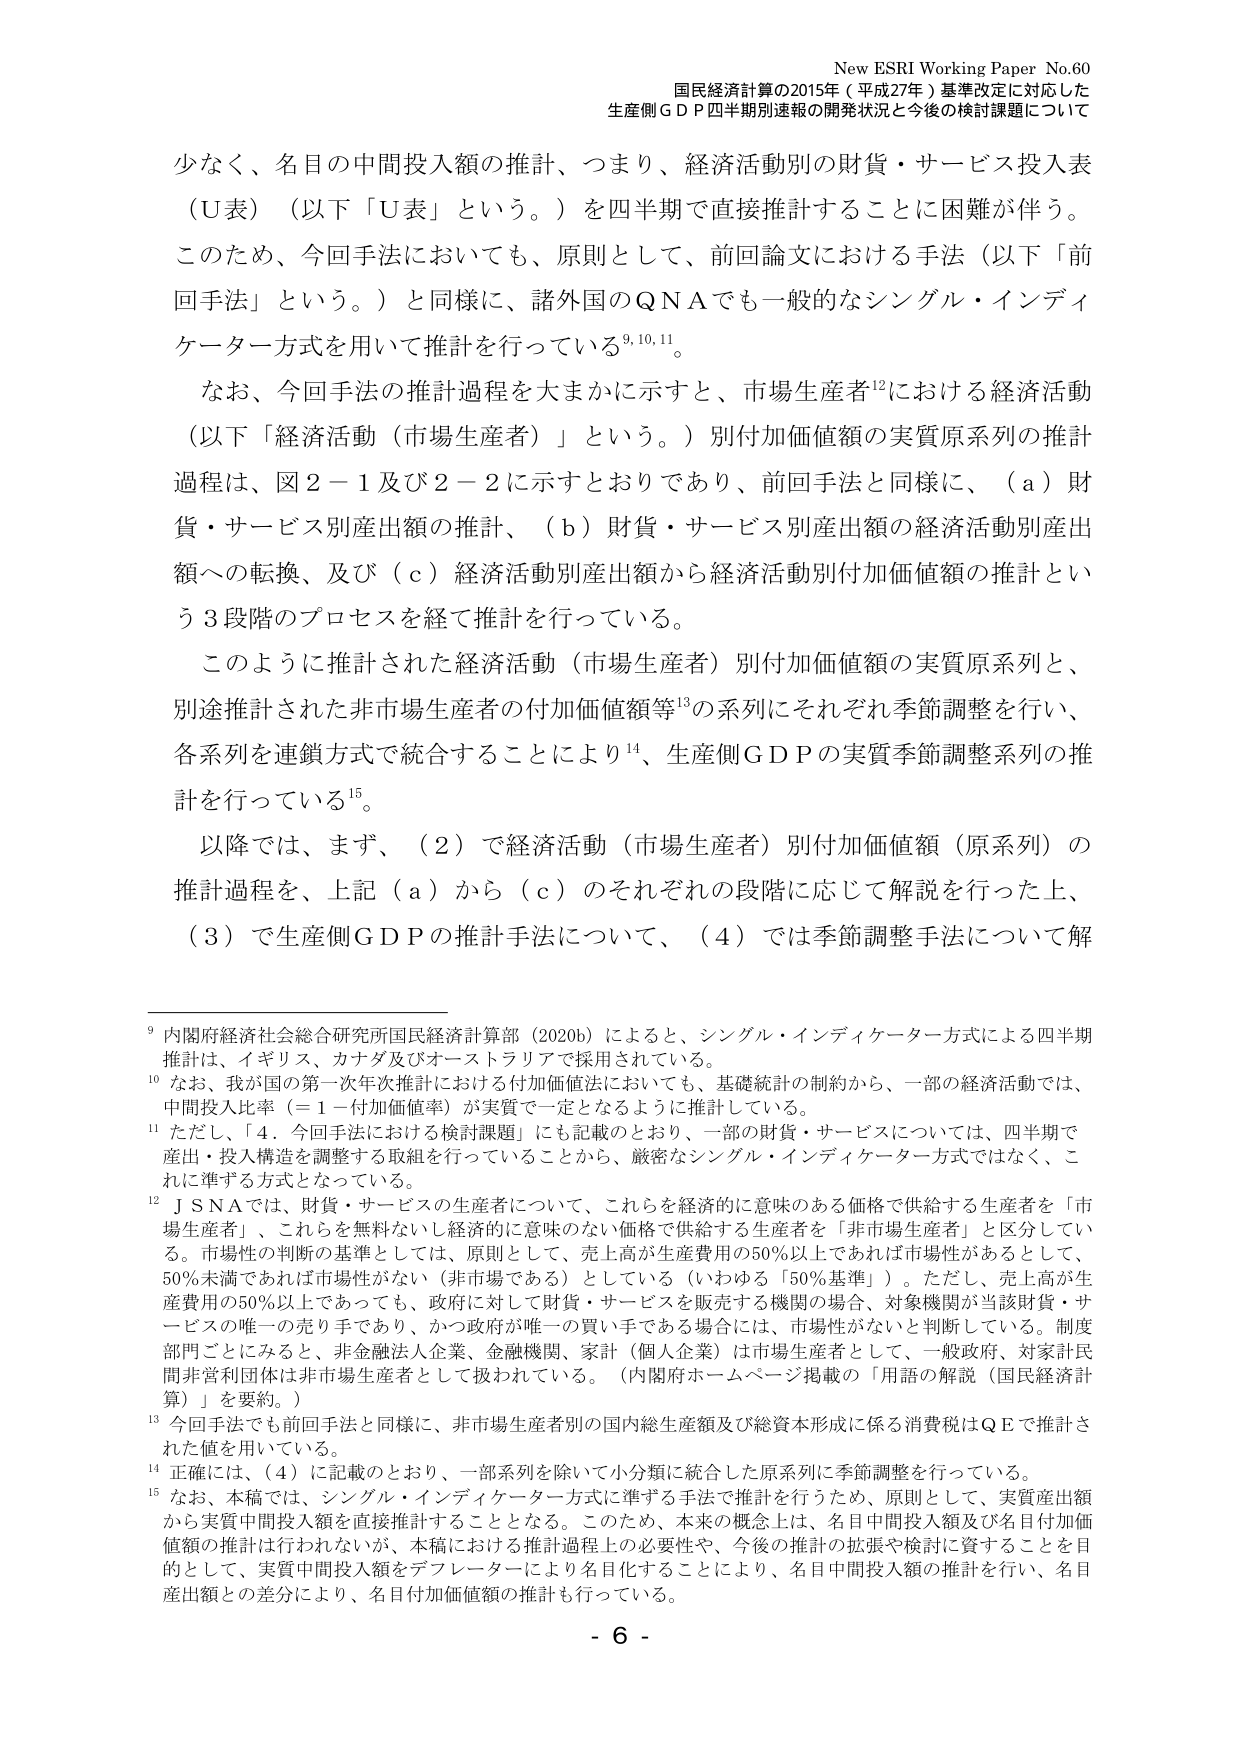
New ESRI Working Paper No.60
国民経済計算の2015年（平成27年）基準改定に対応した
生産側ＧＤＰ四半期別速報の開発状況と今後の検討課題について

少なく、名目の中間投入額の推計、つまり、経済活動別の財貨・サービス投入表
（Ｕ表）（以下「Ｕ表」という。）を四半期で直接推計することに困難が伴う。
このため、今回手法においても、原則として、前回論文における手法（以下「前
回手法」という。）と同様に、諸外国のＱＮＡでも一般的なシングル・インディ
ケーター方式を用いて推計を行っている⁹,¹⁰,¹¹。

なお、今回手法の推計過程を大まかに示すと、市場生産者¹²における経済活動
（以下「経済活動（市場生産者）」という。）別付加価値額の実質原系列の推計
過程は、図２－１及び２－２に示すとおりであり、前回手法と同様に、（ａ）財
貨・サービス別産出額の推計、（ｂ）財貨・サービス別産出額の経済活動別産出
額への転換、及び（ｃ）経済活動別産出額から経済活動別付加価値額の推計とい
う３段階のプロセスを経て推計を行っている。

このように推計された経済活動（市場生産者）別付加価値額の実質原系列と、
別途推計された非市場生産者の付加価値額等¹³の系列にそれぞれ季節調整を行い、
各系列を連鎖方式で統合することにより¹⁴、生産側ＧＤＰの実質季節調整系列の推
計を行っている¹⁵。

以降では、まず、（２）で経済活動（市場生産者）別付加価値額（原系列）の
推計過程を、上記（ａ）から（ｃ）のそれぞれの段階に応じて解説を行った上、
（３）で生産側ＧＤＰの推計手法について、（４）では季節調整手法について解

⁹ 内閣府経済社会総合研究所国民経済計算部（2020b）によると、シングル・インディケーター方式による四半期
推計は、イギリス、カナダ及びオーストラリアで採用されている。
¹⁰ なお、我が国の第一次年次推計における付加価値法においても、基礎統計の制約から、一部の経済活動では、
中間投入比率（＝１－付加価値率）が実質で一定となるように推計している。
¹¹ ただし、「４．今回手法における検討課題」にも記載のとおり、一部の財貨・サービスについては、四半期で
産出・投入構造を調整する取組を行っていることから、厳密なシングル・インディケーター方式ではなく、こ
れに準ずる方式となっている。
¹² ＪＳＮＡでは、財貨・サービスの生産者について、これらを経済的に意味のある価格で供給する生産者を「市
場生産者」、これらを無料ないし経済的に意味のない価格で供給する生産者を「非市場生産者」と区分してい
る。市場性の判断の基準としては、原則として、売上高が生産費用の50％以上であれば市場性があるとして、
50％未満であれば市場性がない（非市場である）としている（いわゆる「50％基準」）。ただし、売上高が生
産費用の50％以上であっても、政府に対して財貨・サービスを販売する機関の場合、対象機関が当該財貨・サ
ービスの唯一の売り手であり、かつ政府が唯一の買い手である場合には、市場性がないと判断している。制度
部門ごとにみると、非金融法人企業、金融機関、家計（個人企業）は市場生産者として、一般政府、対家計民
間非営利団体は非市場生産者として扱われている。（内閣府ホームページ掲載の「用語の解説（国民経済計
算）」を要約。）
¹³ 今回手法でも前回手法と同様に、非市場生産者別の国内総生産額及び総資本形成に係る消費税はＱＥで推計さ
れた値を用いている。
¹⁴ 正確には、（４）に記載のとおり、一部系列を除いて小分類に統合した原系列に季節調整を行っている。
¹⁵ なお、本稿では、シングル・インディケーター方式に準ずる手法で推計を行うため、原則として、実質産出額
から実質中間投入額を直接推計することとなる。このため、本来の概念上は、名目中間投入額及び名目付加価
値額の推計は行われないが、本稿における推計過程上の必要性や、今後の推計の拡張や検討に資することを目
的として、実質中間投入額をデフレーターにより名目化することにより、名目中間投入額の推計を行い、名目
産出額との差分により、名目付加価値額の推計も行っている。

- 6 -